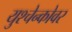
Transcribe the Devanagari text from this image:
युश्चेन्कोवर